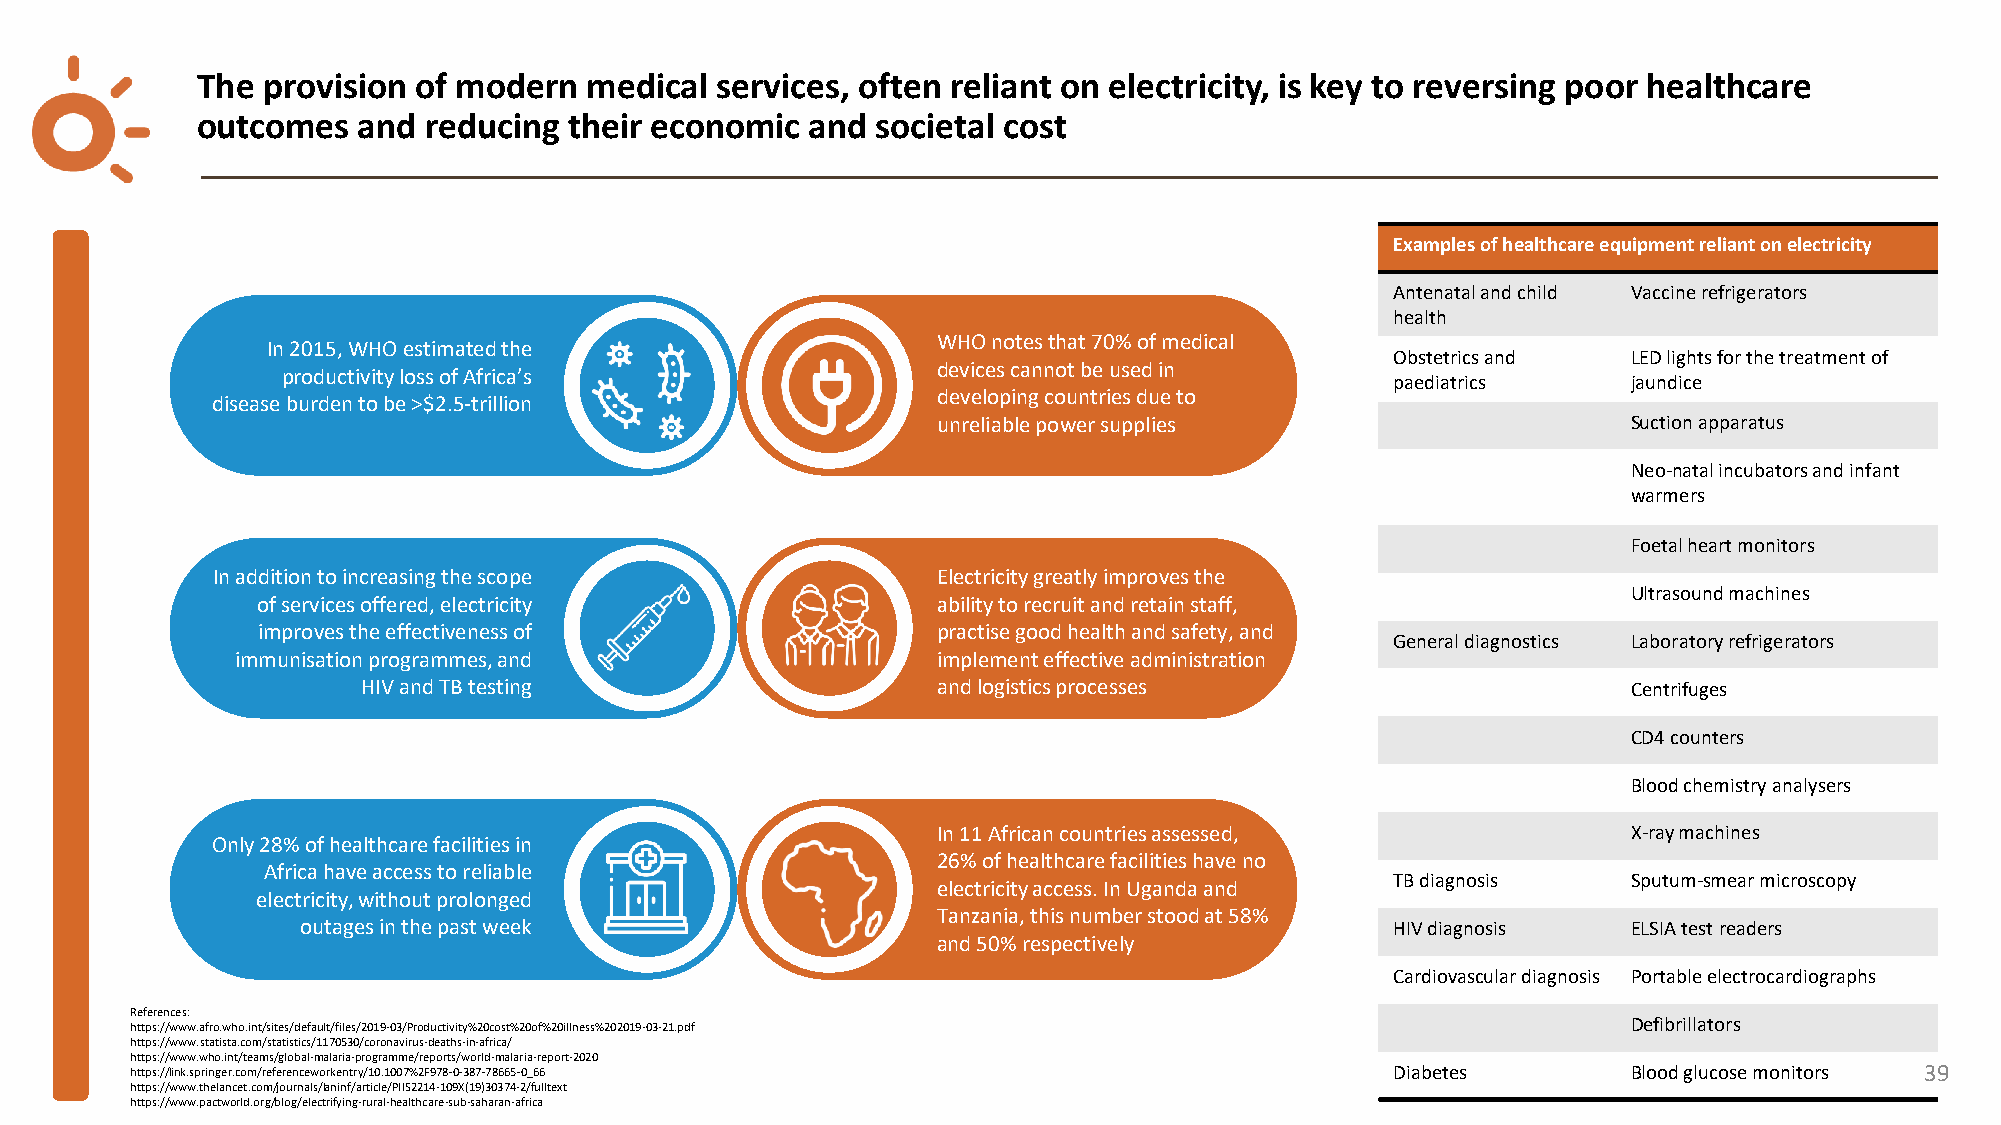
The provision  of modern  medical services, often reliant on electricity, is key to reversing poor healthcare
 outcomes   and reducing  their economic  and societal cost
 Examples of healthcare equipment reliant on electricity
 Antenatal and child Vaccine refrigerators
 health
 WHO notes that 70% of medical
 In 2015, WHO estimated the
 Obstetrics and  LED lights for the treatment of
 devices cannot be used in
 productivity loss of Africa’s
 paediatrics     jaundice
 developing countries due to
 disease burden to be >$2.5-trillion
 unreliable power supplies                     Suction apparatus
 Neo-natal incubators and infant
 warmers
 Foetal heart monitors
 In addition to increasing the scope             Electricity greatly improves the
 Ultrasound machines
 of services offered, electricity             ability to recruit and retain staff,
 improves the effectiveness of                practise good health and safety, and
 General diagnostics Laboratory refrigerators
 immunisation programmes, and                  implement effective administration
 HIV and TB testing                    and logistics processes                       Centrifuges
 CD4 counters
 Blood chemistry analysers
 In 11 African countries assessed,       39    X-ray machines
 Only 28% of healthcare facilities in
 26% of healthcare facilities have no
 Africa have access to reliable
 TB diagnosis    Sputum-smear microscopy
 electricity access. In Uganda and
 electricity, without prolonged
 Tanzania, this number stood at 58%
 outages in the past week                                                HIV diagnosis   ELSIA test readers
 and 50% respectively
 Cardiovascular diagnosis Portable electrocardiographs
 References:
 https://www.afro.who.int/sites/default/files/2019-03/Productivity%20cost%20of%20illness%202019-03-21.pdf Defibrillators
 https://www.statista.com/statistics/1170530/coronavirus-deaths-in-africa/
 https://www.who.int/teams/global-malaria-programme/reports/world-malaria-report-2020
 https://link.springer.com/referenceworkentry/10.1007%2F978-0-387-78665-0_66        Diabetes        Blood glucose monitors 39
 https://www.thelancet.com/journals/laninf/article/PIIS2214-109X(19)30374-2/fulltext
 https://www.pactworld.org/blog/electrifying-rural-healthcare-sub-saharan-africa